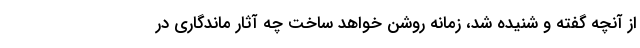
از آنچه گفته و شنیده شد، زمانه روشن خواهد ساخت چه آثار ماندگاری در